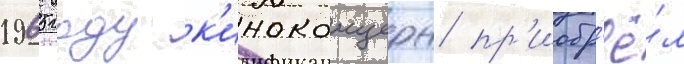
1965 году к'иноконцерн пр'иобр'ё́л